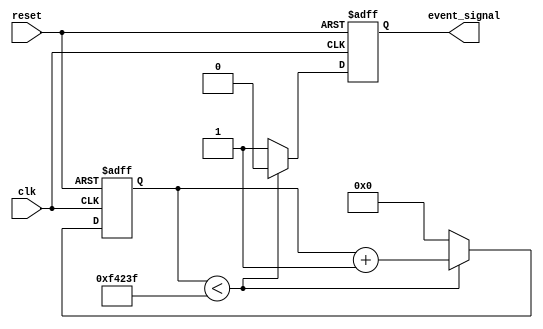
module TimerEventControl #(
    parameter TIME_INTERVAL = 1000000 // Default time interval (in clock cycles)
) (
    input wire clk,           // Clock signal
    input wire reset,         // Asynchronous reset signal
    output reg event_signal   // Event signal output
);
    
    reg [31:0] counter;       // Internal counter

    // Asynchronous reset and counting process
    always @(posedge clk or posedge reset) begin
        if (reset) begin
            counter <= 32'b0;  // Reset counter
            event_signal <= 1'b0; // Initialize event signal to low
        end else begin
            if (counter < TIME_INTERVAL - 1) begin
                counter <= counter + 1; // Increment counter
                event_signal <= 1'b0; // Keep event signal low
            end else begin
                event_signal <= 1'b1; // Assert event signal
                counter <= 32'b0; // Reset counter after event signal is asserted
            end
        end
    end
    
endmodule